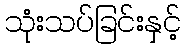
သုံးသပ်ခြင်းနှင့်